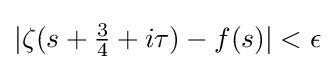
|\zeta (s+{\tfrac {3}{4}}+i\tau )-f(s)|<\epsilon